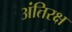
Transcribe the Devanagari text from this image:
अंतिरक्ष